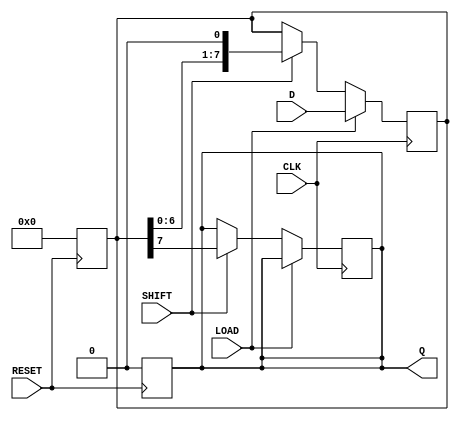
module PISO_Register #(
    parameter DATA_WIDTH = 8  // Configurable data width
)(
    input wire [DATA_WIDTH-1:0] D,      // Parallel input data
    output reg Q,                       // Serial output data
    input wire LOAD,                    // Load control signal
    input wire SHIFT,                   // Shift control signal
    input wire CLK,                     // Clock signal
    input wire RESET                    // Asynchronous reset signal
);

    reg [DATA_WIDTH-1:0] shift_reg;     // Shift register to hold data

    // Asynchronous reset
    always @(posedge RESET) begin
        shift_reg <= {DATA_WIDTH{1'b0}}; // Clear the register
        Q <= 1'b0;                       // Clear the serial output
    end

    // Loading and shifting operations
    always @(posedge CLK) begin
        if (LOAD) begin
            shift_reg <= D;               // Load parallel data into shift register
        end else if (SHIFT) begin
            // Shift operation
            Q <= shift_reg[DATA_WIDTH-1]; // Output the MSB
            shift_reg <= {shift_reg[DATA_WIDTH-2:0], 1'b0}; // Shift left
        end
    end

endmodule